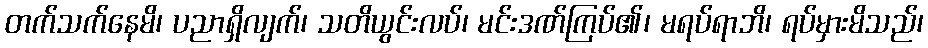
တက်သက်နေမိ၊ ပညာရှိလျက်၊ သတိယွင်းလပ်၊ မင်းဒဏ်ကြပ်၏၊ မရပ်ရာဘိ၊ ရပ်မှားမိသည်၊